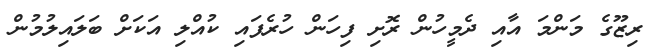
ރިޒޫގެ މަންމަ އާއި ދެމީހުން ރޮށި ފިހަން ހުރެފައި ކުއްލި އަކަށް ބަލައިލުމުން